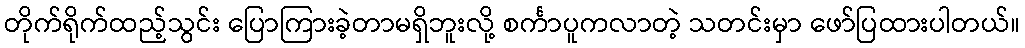
တိုက်ရိုက်ထည့်သွင်း ပြောကြားခဲ့တာမရှိဘူးလို့ စင်္ကာပူကလာတဲ့ သတင်းမှာ ဖော်ပြထားပါတယ်။